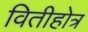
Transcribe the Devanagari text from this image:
वितीहोत्र